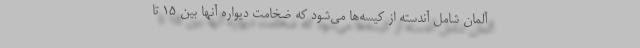
آلمان شامل آندسته از کیسه‌ها می‌شود که ضخامت دیواره آنها بین ۱۵ تا